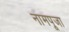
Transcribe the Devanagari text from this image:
नामपूजा